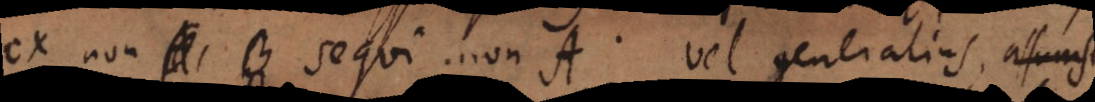
ex non B sequi non A. Vel generalius